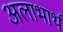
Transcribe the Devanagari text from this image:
अलाभार्थ